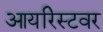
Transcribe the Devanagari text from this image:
आयरिस्टवर